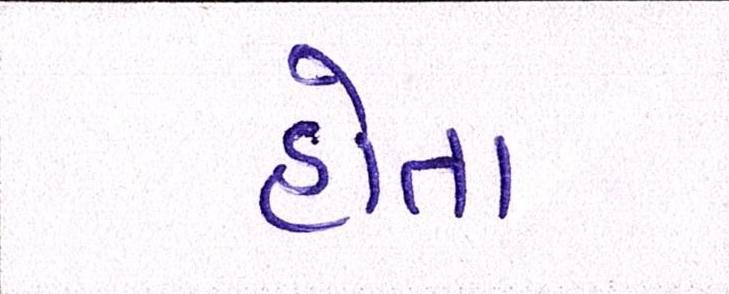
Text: હોતા